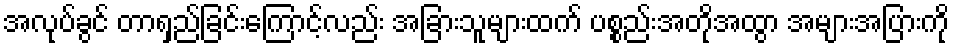
အလုပ်ခွင် တာရှည်ခြင်းကြောင့်လည်း အခြားသူများထက် ပစ္စည်းအတိုအထွာ အများအပြားကို